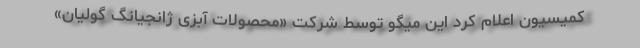
کمیسیون اعلام کرد این میگو توسط شرکت «محصولات آبزی ژانجیانگ گولیان»